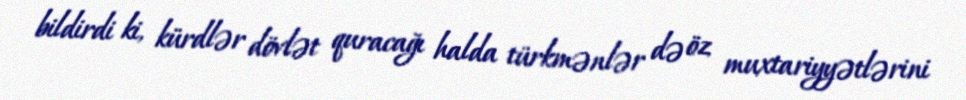
bildirdi ki, kürdlər dövlət quracağı halda türkmənlər də öz muxtariyyətlərini